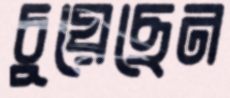
চুয়েছেন